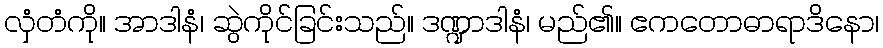
လှံတံကို။ အာဒါနံ၊ ဆွဲကိုင်ခြင်းသည်။ ဒဏ္ဍာဒါနံ၊ မည်၏။ ဧကတောဓာရာဒိနော၊